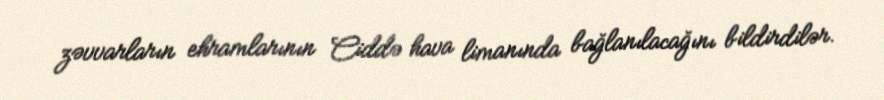
zəvvarların ehramlarının Ciddə hava limanında bağlanılacağını bildirdilər.